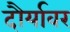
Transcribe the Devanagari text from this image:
दौर्यावर